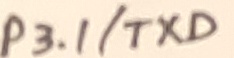
Text: P3.1/TXD